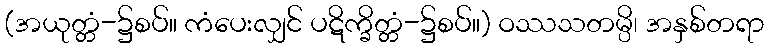
(အယုတ္တံ-၌စပ်။ ကံပေးလျှင် ပဋိက္ခိတ္တံ-၌စပ်။) ဝဿသတမ္ပိ၊ အနှစ်တရာ